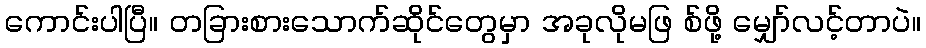
ကောင်းပါပြီ။ တခြားစားသောက်ဆိုင်တွေမှာ အခုလိုမဖြ စ်ဖို့ မျှော်လင့်တာပဲ။